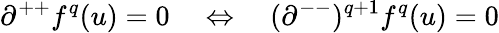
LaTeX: \partial^{++}f^{q}(u)=0\quad\Leftrightarrow\quad(\partial^{--})^{q+1}f^{q}(u)=0